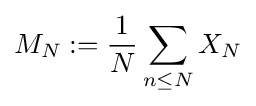
M_{N}:={\frac {1}{N}}\sum \limits _{n\leq N}X_{N}